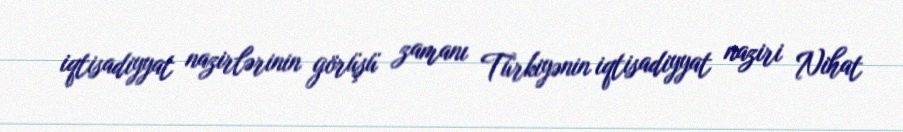
iqtisadiyyat nazirlərinin görüşü zamanı Türkiyənin iqtisadiyyat naziri Nihat